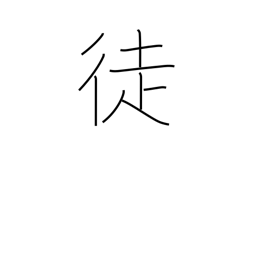
Meaning: people